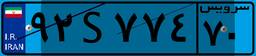
۹۲S۷۷۴۷۰